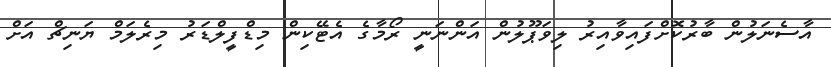
އާސެނަލުން ބާރުކޮށްފައިވާއިރު ލިވަޕޫލުން އަންނަނީ ރޯމާގެ އެޓޭކިން މިޑްފީލްޑަރު މިރެލަމް ޔަނިޗް އަށް